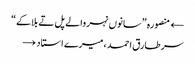
← منصورہ ”سانوں نہر والے پل تے بلاکے“
سر طارق احمد، میرے استاد →